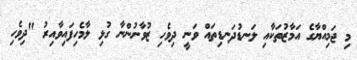
މި ޖަމިއްޔާގެ އަމާޒުތަކާއި ލަނޑުދަނޑިތައް ވަނީ ދިވެހި ޒުވާނުންނާ ގުޅި ލާމެހިފައިވާއިރު "ދިވެހި